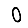
Digit: 0